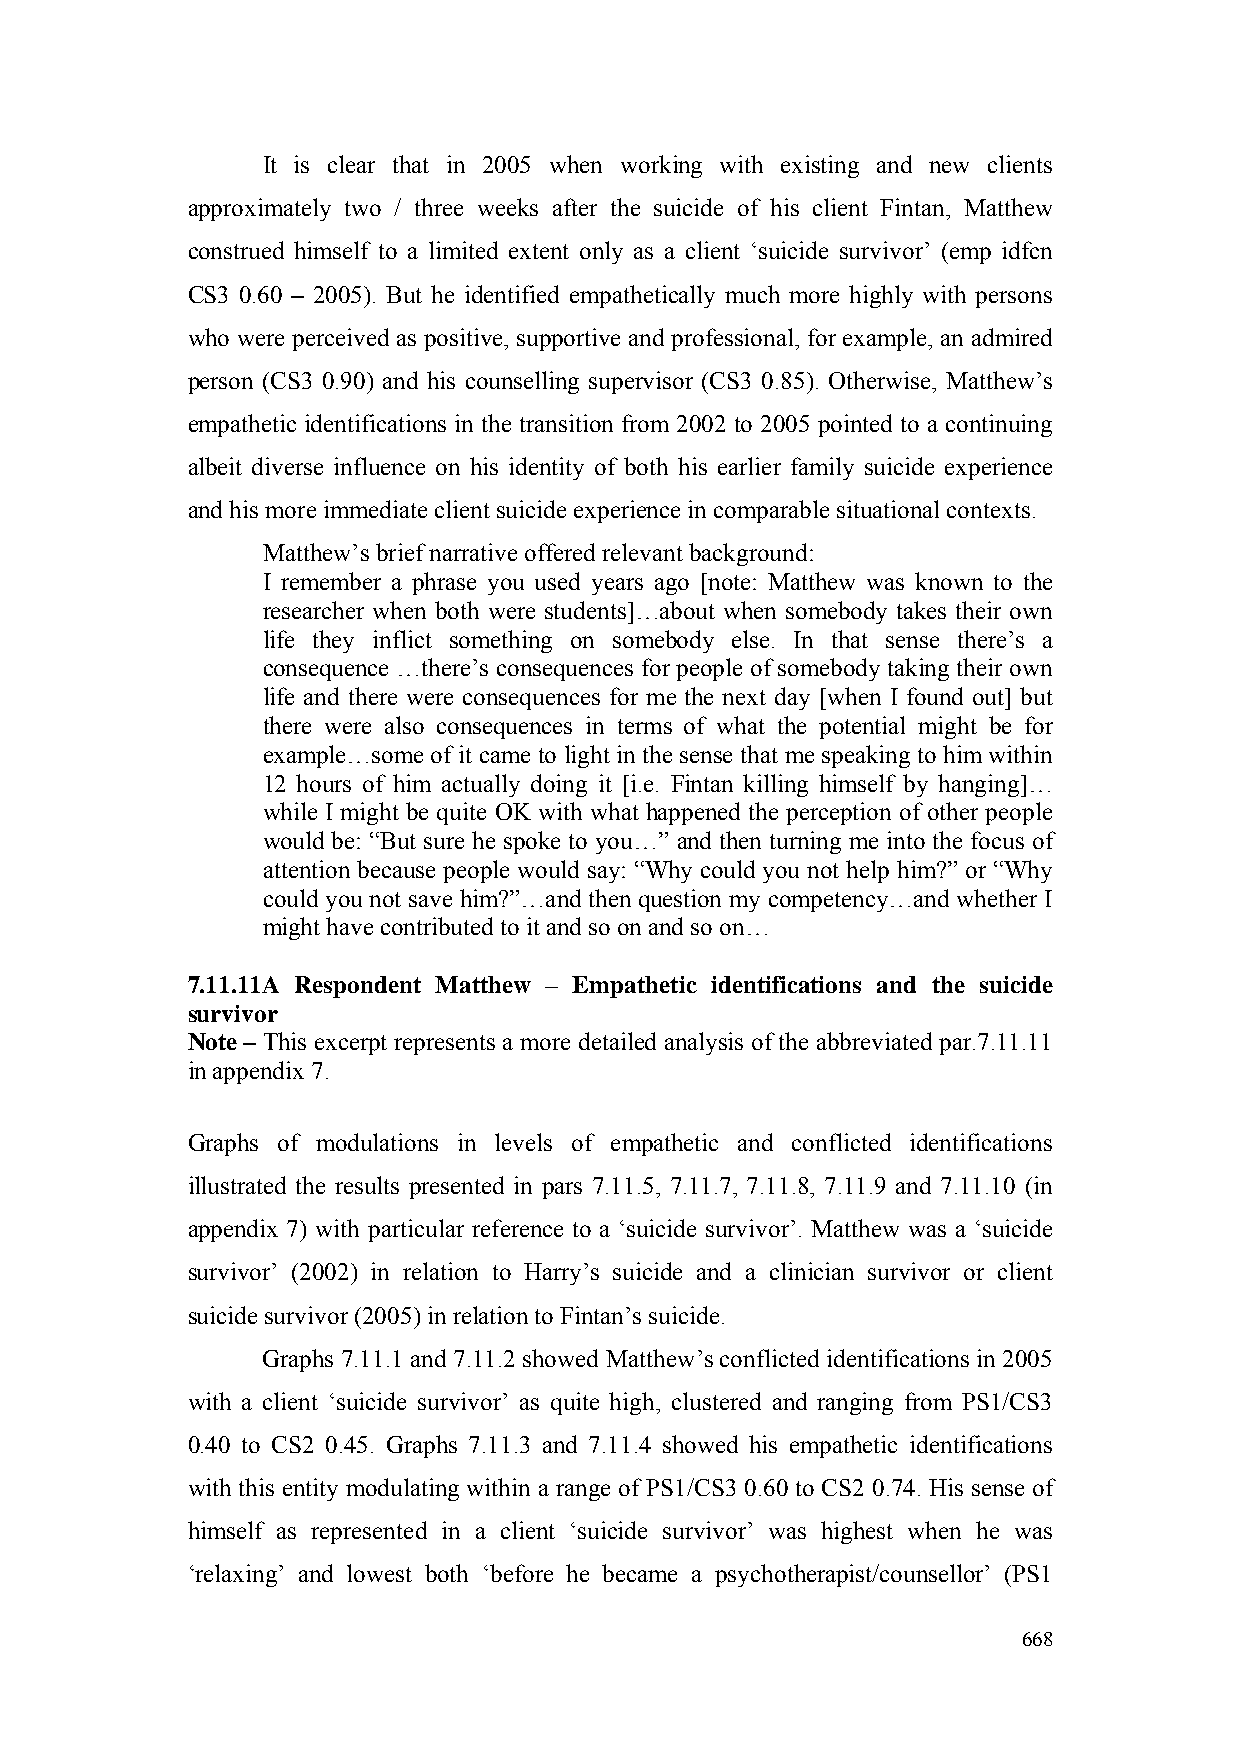
It is clear that in 2005 when working with existing and new clients
 approximately two / three weeks after the suicide of his client Fintan, Matthew
 construed himself to a limited extent only as a client ‘suicide survivor’ (emp idfcn
 CS3 0.60 – 2005). But he identified empathetically much more highly with persons
 who were perceived as positive, supportive and professional, for example, an admired
 person (CS3 0.90) and his counselling supervisor (CS3 0.85). Otherwise, Matthew’s
 empathetic identifications in the transition from 2002 to 2005 pointed to a continuing
 albeit diverse influence on his identity of both his earlier family suicide experience
 and his more immediate client suicide experience in comparable situational contexts.
 Matthew’s brief narrative offered relevant background:
 I remember a phrase you used years ago [note: Matthew was known to the
 researcher when both were students]…about when somebody takes their own
 life they inflict something on somebody else. In that sense there’s a
 consequence …there’s consequences for people of somebody taking their own
 life and there were consequences for me the next day [when I found out] but
 there were also consequences in terms of what the potential might be for
 example…some of it came to light in the sense that me speaking to him within
 12 hours of him actually doing it [i.e. Fintan killing himself by hanging]…
 while I might be quite OK with what happened the perception of other people
 would be: “But sure he spoke to you…” and then turning me into the focus of
 attention because people would say: “Why could you not help him?” or “Why
 could you not save him?”…and then question my competency…and whether I
 might have contributed to it and so on and so on…
 7.11.11A Respondent Matthew – Empathetic identifications and the suicide
 survivor
 Note – This excerpt represents a more detailed analysis of the abbreviated par.7.11.11
 in appendix 7.
 Graphs of modulations in levels of empathetic and conflicted identifications
 illustrated the results presented in pars 7.11.5, 7.11.7, 7.11.8, 7.11.9 and 7.11.10 (in
 appendix 7) with particular reference to a ‘suicide survivor’. Matthew was a ‘suicide
 survivor’ (2002) in relation to Harry’s suicide and a clinician survivor or client
 suicide survivor (2005) in relation to Fintan’s suicide.
 Graphs 7.11.1 and 7.11.2 showed Matthew’s conflicted identifications in 2005
 with a client ‘suicide survivor’ as quite high, clustered and ranging from PS1/CS3
 0.40 to CS2 0.45. Graphs 7.11.3 and 7.11.4 showed his empathetic identifications
 with this entity modulating within a range of PS1/CS3 0.60 to CS2 0.74. His sense of
 himself as represented in a client ‘suicide survivor’ was highest when he was
 ‘relaxing’ and lowest both ‘before he became a psychotherapist/counsellor’ (PS1
 668